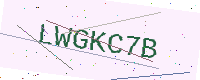
Text: LWGKC7B